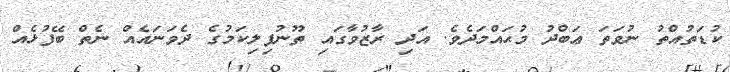
ކުޑަތުއްތު ނުވަތަ ޢަބްދު މުޙައްމަދެވެ. އަދި ރާޒުވާގައި ތޫނުފިލިކަމުގެ ދެވަނައެއް ނެތް ބޭފުޅެއް